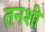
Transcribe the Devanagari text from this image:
तनशी